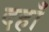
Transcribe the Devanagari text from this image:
दहाँ